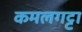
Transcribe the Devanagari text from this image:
कमलगट्टा